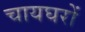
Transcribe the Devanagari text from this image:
चायघरों